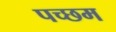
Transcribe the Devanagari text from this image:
पच्छम